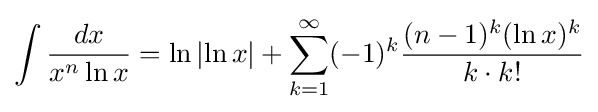
\int {\frac {dx}{x^{n}\ln x}}=\ln \left|\ln x\right|+\sum _{k=1}^{\infty }(-1)^{k}{\frac {(n-1)^{k}(\ln x)^{k}}{k\cdot k!}}